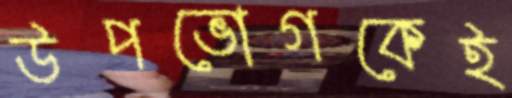
উপভোগকেই